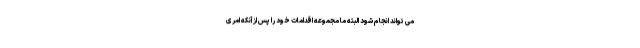
می تواند انجام شود البته ما مجموعه اقدامات خود را پس از آنکه امری